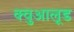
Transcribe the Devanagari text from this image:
क्वुआलूड